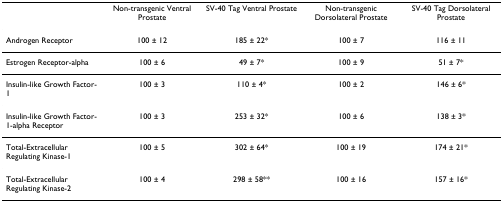
<table><thead><tr><td></td><td><b>Non-transgenic Ventral Prostate</b></td><td><b>SV-40 Tag Ventral Prostate</b></td><td><b>Non-transgenic Dorsolateral Prostate</b></td><td><b>SV-40 Tag Dorsolateral Prostate</b></td></tr></thead><tbody><tr><td>Androgen Receptor</td><td>100 ± 12</td><td>185 ± 22*</td><td>100 ± 7</td><td>116 ± 11</td></tr><tr><td>Estrogen Receptor-alpha</td><td>100 ± 6</td><td>49 ± 7*</td><td>100 ± 9</td><td>51 ± 7*</td></tr><tr><td>Insulin-like Growth Factor-1</td><td>100 ± 3</td><td>110 ± 4*</td><td>100 ± 2</td><td>146 ± 6*</td></tr><tr><td>Insulin-like Growth Factor-1-alpha Receptor</td><td>100 ± 3</td><td>253 ± 32*</td><td>100 ± 6</td><td>138 ± 3*</td></tr><tr><td>Total-Extracellular Regulating Kinase-1</td><td>100 ± 5</td><td>302 ± 64*</td><td>100 ± 19</td><td>174 ± 21*</td></tr><tr><td>Total-Extracellular Regulating Kinase-2</td><td>100 ± 4</td><td>298 ± 58**</td><td>100 ± 16</td><td>157 ± 16*</td></tr></tbody></table>